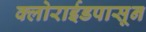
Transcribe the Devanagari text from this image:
क्लोराईडपासून